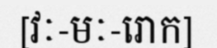
[វៈ-មៈ-រោក]